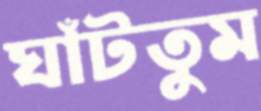
ঘাঁটতুম